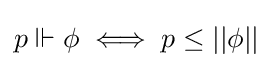
p\Vdash \phi \iff p\leq ||\phi ||